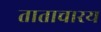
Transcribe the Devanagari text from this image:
ताताचारय